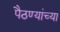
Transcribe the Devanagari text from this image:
पैठण्यांच्या